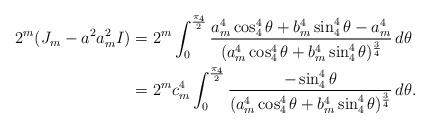
LaTeX: \begin{align*}2^{m}(J_{m}-a^2a_{m}^2I)&=2^{m}\int_0^{\frac{\pi_4}{2}}\frac{a_{m}^4\cos_4^4{\theta}+b_{m}^4\sin_4^4{\theta}-a_{m}^4}{(a_{m}^4\cos_4^4{\theta}+b_{m}^4\sin_4^4{\theta})^{\frac34}}\, d\theta\\&=2^{m}c_{m}^4\int_0^{\frac{\pi_4}{2}}\frac{-\sin_4^4{\theta}}{(a_{m}^4\cos_4^4{\theta}+b_{m}^4\sin_4^4{\theta})^{\frac34}}\, d\theta.\end{align*}